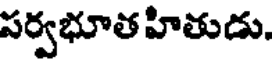
పర్వభూత హితుడు.